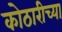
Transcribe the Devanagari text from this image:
कोठारीच्या